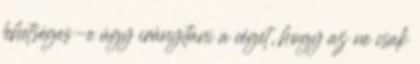
lehetséges-e úgy irányítani a céget, hogy az ne csak